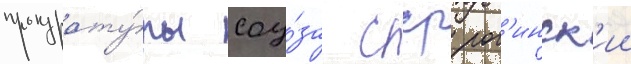
прокурату́ры соу́за сср рог'инск'ии